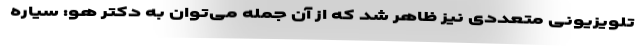
تلویزیونی متعددی نیز ظاهر شد که از آن جمله می‌توان به دکتر هو: سیاره